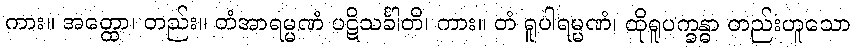
ကား။ အတ္ထော၊ တည်း။ တံအာရမ္မဏံ ပဋိသင်္ခါတိ၊ ကား။ တံ ရူပါရမ္မဏံ၊ ထိုရူပက္ခန္ဓာ တည်းဟူသော